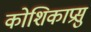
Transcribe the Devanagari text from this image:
कोशिकाप्रसु